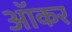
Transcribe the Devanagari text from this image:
ऑकर